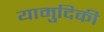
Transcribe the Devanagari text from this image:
यामुदिकी